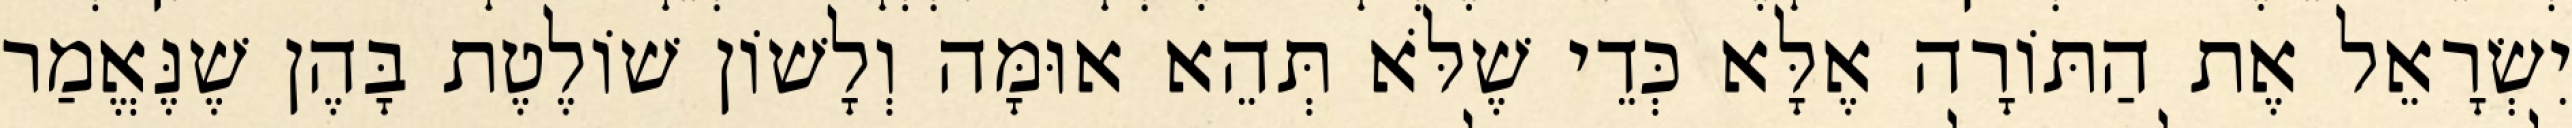
יִשְׂרָאֵל אֶת הַתּוֹרָה אֶלָּא כְּדֵי שֶׁלֹּא תְּהֵא אוּמָּה וְלָשׁוֹן שׁוֹלֶטֶת בָּהֶן שֶׁנֶּאֱמַר